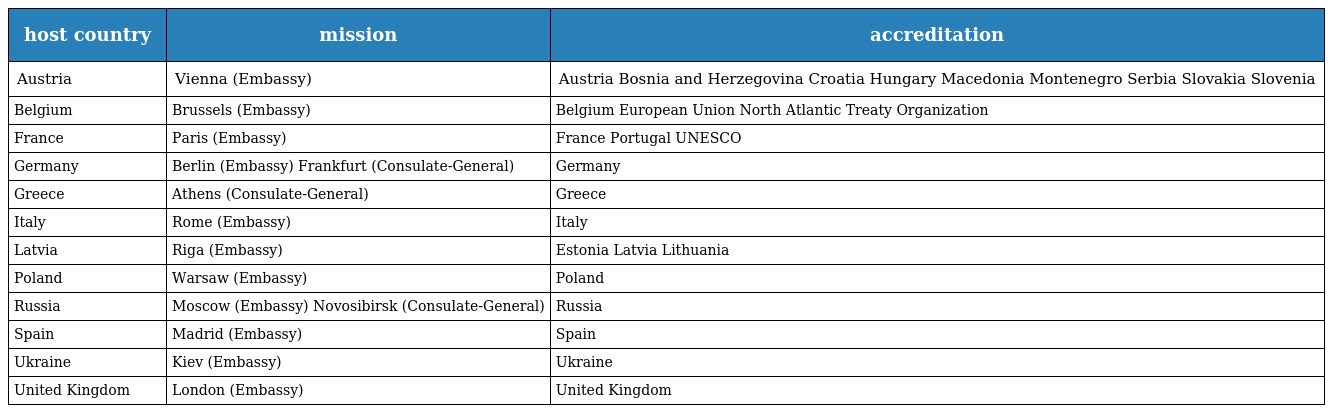
| host country | mission | accreditation |
 | --- | --- | --- |
 | Austria | Vienna (Embassy) | Austria Bosnia and Herzegovina Croatia Hungary Macedonia Montenegro Serbia Slovakia Slovenia |
 | Belgium | Brussels (Embassy) | Belgium European Union North Atlantic Treaty Organization |
 | France | Paris (Embassy) | France Portugal UNESCO |
 | Germany | Berlin (Embassy) Frankfurt (Consulate-General) | Germany |
 | Greece | Athens (Consulate-General) | Greece |
 | Italy | Rome (Embassy) | Italy |
 | Latvia | Riga (Embassy) | Estonia Latvia Lithuania |
 | Poland | Warsaw (Embassy) | Poland |
 | Russia | Moscow (Embassy) Novosibirsk (Consulate-General) | Russia |
 | Spain | Madrid (Embassy) | Spain |
 | Ukraine | Kiev (Embassy) | Ukraine |
 | United Kingdom | London (Embassy) | United Kingdom |